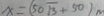
x = ( 5 0 \sqrt { 3 } + 5 0 ) m